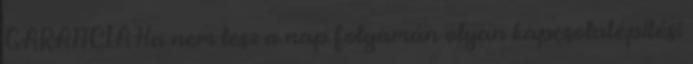
GARANCIA Ha nem lesz a nap folyamán olyan kapcsolatépítési